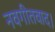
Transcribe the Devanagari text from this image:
नवगीतवाद।